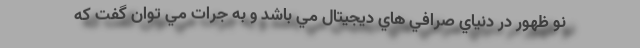
نو ظهور در دنياي صرافي هاي ديجيتال مي باشد و به جرات مي توان گفت كه